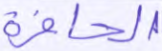
الحافرة